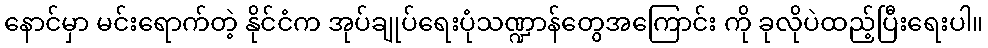
နောင်မှာ မင်းရောက်တဲ့ နိုင်ငံက အုပ်ချုပ်ရေးပုံသဏ္ဍာန်တွေအကြောင်း ကို ခုလိုပဲထည့်ပြီးရေးပါ။